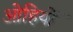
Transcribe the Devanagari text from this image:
ओहियों